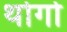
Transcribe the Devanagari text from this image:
थोगो